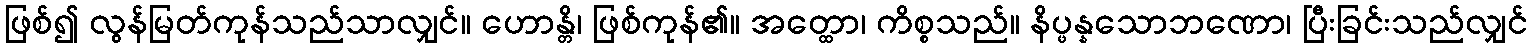
ဖြစ်၍ လွန်မြတ်ကုန်သည်သာလျှင်။ ဟောန္တိ၊ ဖြစ်ကုန်၏။ အတ္ထော၊ ကိစ္စသည်။ နိပ္ဖန္နသောဘဏော၊ ပြီးခြင်းသည်လျှင်